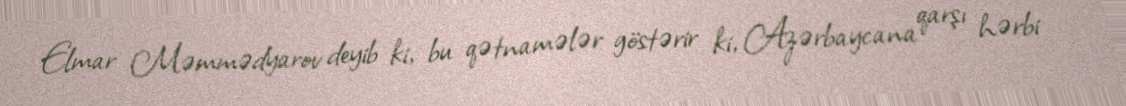
Elmar Məmmədyarov deyib ki, bu qətnamələr göstərir ki, Azərbaycana qarşı hərbi